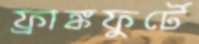
ফ্রাঙ্কফুর্টে